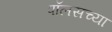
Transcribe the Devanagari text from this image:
पॉलसच्या